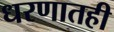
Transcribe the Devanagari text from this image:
धरणातही